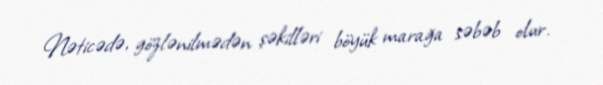
Nəticədə, gözlənilmədən şəkilləri böyük marağa səbəb olur.